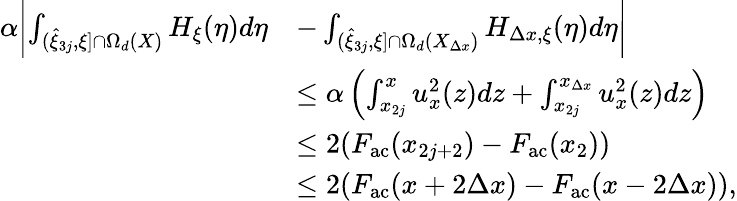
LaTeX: \begin{array}{rl}{\alpha\biggl|\int_{(\hat{\xi}_{3j},\xi]\cap\Omega_{d}(X)}H_{\xi}(\eta)d\eta}&{-\int_{(\hat{\xi}_{3j},\xi]\cap\Omega_{d}(X_{\Delta x})}H_{\Delta x,\xi}(\eta)d\eta\biggr|}\\ &{\leq\alpha\left(\int_{x_{2j}}^{x}u_{x}^{2}(z)dz+\int_{x_{2j}}^{x_{\Delta x}}u_{x}^{2}(z)dz\right)}\\ &{\leq 2(F_{\textrm{ac}}(x_{2j+2})-F_{\textrm{ac}}(x_{2}))}\\ &{\leq 2(F_{\textrm{ac}}(x+2\Delta x)-F_{\textrm{ac}}(x-2\Delta x)),}\end{array}